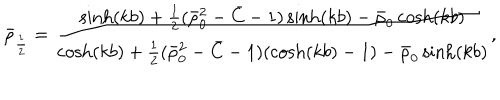
LaTeX: \bar { \rho } _ { \frac 1 2 } = \frac { \sinh ( k b ) + \frac 1 2 ( \bar { \rho } _ { 0 } ^ { 2 } - \bar { C } - 1 ) \sinh ( k b ) - \bar { \rho } _ { 0 } \cosh ( k b ) } { \cosh ( k b ) + \frac 1 2 ( \bar { \rho } _ { 0 } ^ { 2 } - \bar { C } - 1 ) ( \cosh ( k b ) - 1 ) - \bar { \rho } _ { 0 } \sinh ( k b ) } ,